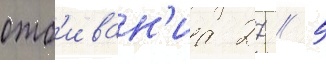
отб'иван'иа 27 / 5